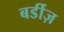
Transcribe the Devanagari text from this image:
बर्डीज़